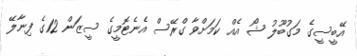
އޭބީސީގެ މަގުބޫލު ޝޯ އެއް ކަމަށްވާ ގްރޭސް އެނެޓޮމީގެ ސީޒަން 12ގެ ފިނާލޭ